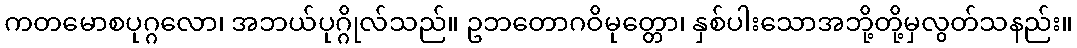
ကတမောစပုဂ္ဂလော၊ အဘယ်ပုဂ္ဂိုလ်သည်။ ဥဘတောဂဝိမုတ္တော၊ နှစ်ပါးသောအဘို့တို့မှလွတ်သနည်း။